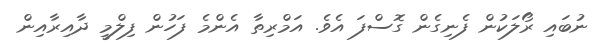
ނުބައި ރޯލަކުން ފެނިގެން ގޮސްފަ އެވެ. އަމްރިތާ އެންމެ ފަހުން ފިލްމީ ދާއިރާއިން